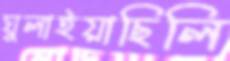
ঘুলাইয়াছিলি